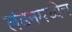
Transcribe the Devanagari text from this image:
लंडनमध्येच